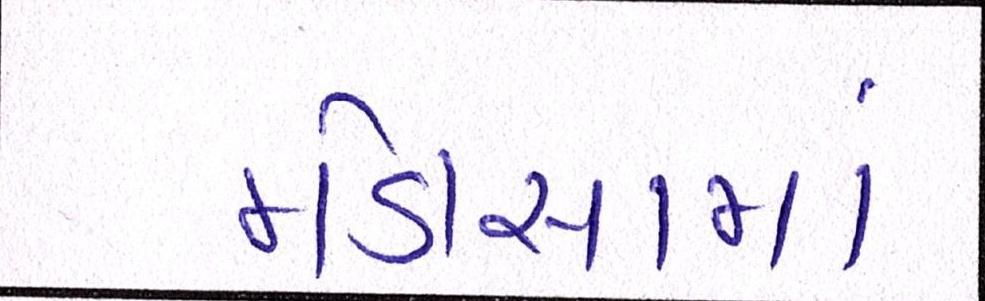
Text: મોડાસામાં